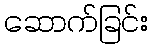
ဆောက်ခြင်း